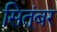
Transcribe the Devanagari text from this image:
सित्ंबर